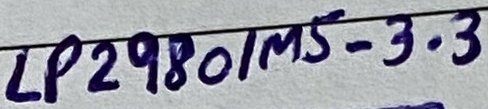
Text: LP2980/MS-3.3